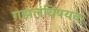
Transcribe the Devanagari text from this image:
गझलविषयक